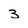
Character: 3